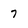
Character: 7